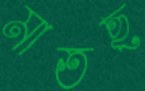
মাতছ